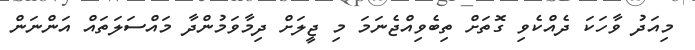
މިއަދު ވާހަކަ ދެއްކެވި ގޮތަށް ތިބެވިއްޖެނަމަ މި ޖީލަށް ދިމާވަމުންދާ މައްސަލަތައް އަންނަން